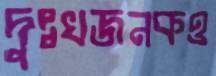
দুঃখজনকও